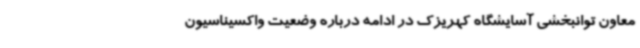
معاون توانبخشی آسایشگاه کهریزک در ادامه درباره وضعیت واکسیناسیون